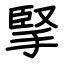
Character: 掔